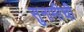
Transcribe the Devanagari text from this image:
सुनामीची